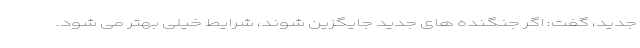
جدید، گفت: اگر جنگنده های جدید جایگزین شوند، شرایط خیلی بهتر می شود.